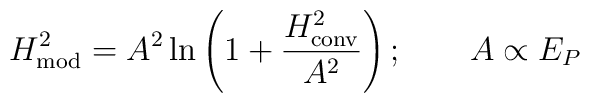
H_{\rm mod}^2=A^2\ln\left(1+{H^2_{\rm conv}\over A^2}\right); \qquad A\propto E_P